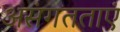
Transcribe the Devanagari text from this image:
असंगतताएं